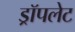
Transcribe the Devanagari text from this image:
ड्रॉपलेट